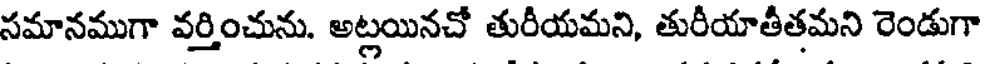
సమానముగా వర్తించును. అట్లయినచో తురీయమని, తురీయాతీతమని రెండుగా